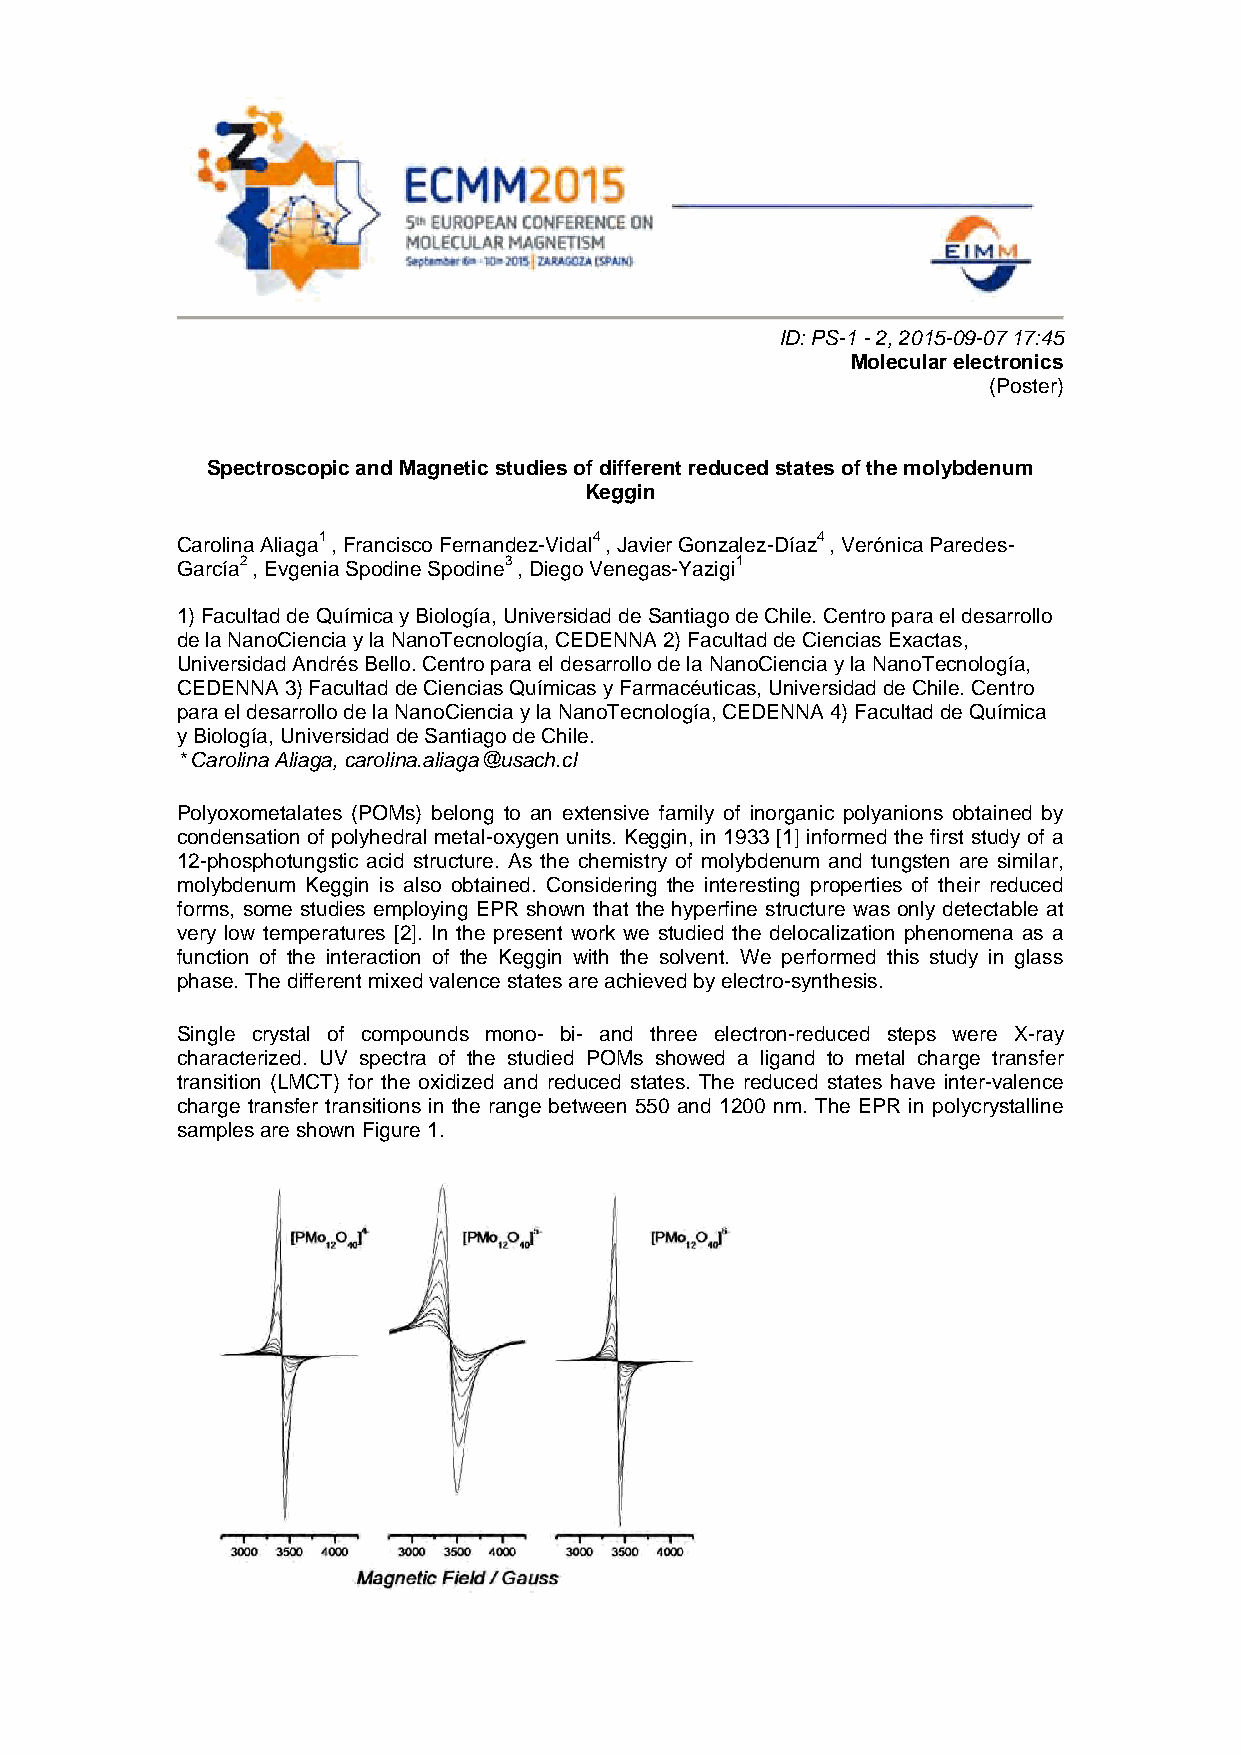
ID: PS-1 - 2, 2015-09-07 17:45
 Molecular electronics
 (Poster)
 Spectroscopic and Magnetic studies of different reduced states of the molybdenum
 Keggin
 Carolina Aliaga1 , Francisco Fernandez-Vidal4 , Javier Gonzalez-Díaz4 , Verónica Paredes-
 García2 , Evgenia Spodine Spodine3 , Diego Venegas-Yazigi1
 1) Facultad de Química y Biología, Universidad de Santiago de Chile. Centro para el desarrollo
 de la NanoCiencia y la NanoTecnología, CEDENNA 2) Facultad de Ciencias Exactas,
 Universidad Andrés Bello. Centro para el desarrollo de la NanoCiencia y la NanoTecnología,
 CEDENNA 3) Facultad de Ciencias Químicas y Farmacéuticas, Universidad de Chile. Centro
 para el desarrollo de la NanoCiencia y la NanoTecnología, CEDENNA 4) Facultad de Química
 y Biología, Universidad de Santiago de Chile.
 * Carolina Aliaga, carolina.aliaga@usach.cl
 Polyoxometalates (POMs) belong to an extensive family of inorganic polyanions obtained by
 condensation of polyhedral metal-oxygen units. Keggin, in 1933 [1] informed the first study of a
 12-phosphotungstic acid structure. As the chemistry of molybdenum and tungsten are similar,
 molybdenum Keggin is also obtained. Considering the interesting properties of their reduced
 forms, some studies employing EPR shown that the hyperfine structure was only detectable at
 very low temperatures [2]. In the present work we studied the delocalization phenomena as a
 function of the interaction of the Keggin with the solvent. We performed this study in glass
 phase. The different mixed valence states are achieved by electro-synthesis.
 Single crystal of compounds mono- bi- and three electron-reduced steps were X-ray
 characterized. UV spectra of the studied POMs showed a ligand to metal charge transfer
 transition (LMCT) for the oxidized and reduced states. The reduced states have inter-valence
 charge transfer transitions in the range between 550 and 1200 nm. The EPR in polycrystalline
 samples are shown Figure 1.